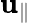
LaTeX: \mathbf{u}_{\parallel}